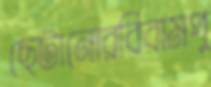
ছেটানোরবিরামপু